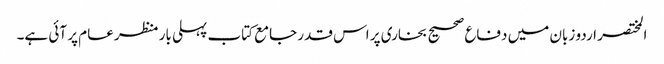
المختصر اردو زبان میں دفاع صحیح بخاری پر اس قدر جامع کتاب پہلی بار منظر عام پر آئی ہے۔